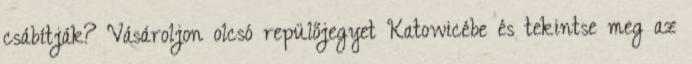
csábítják? Vásároljon olcsó repülőjegyet Katowicébe és tekintse meg az